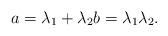
LaTeX: \begin{align*}a = \lambda_1 + \lambda_2 b = \lambda_1\lambda_2.\end{align*}